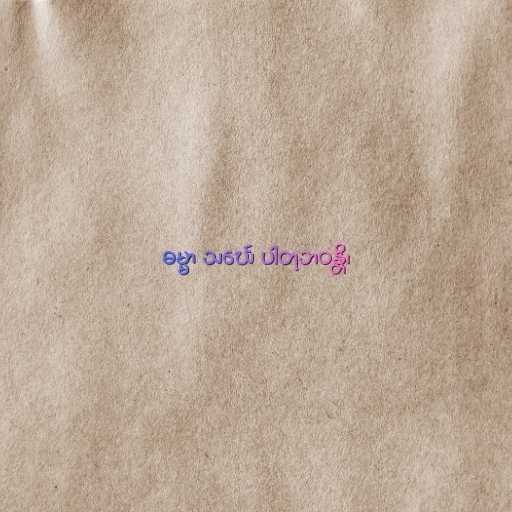
ဓမ္မာ သင်္ဃေ ပါတုဘဝန္တိ၊